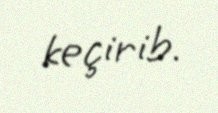
keçirib.